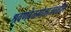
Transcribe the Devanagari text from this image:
श्रवणबेळगोळाजवळील